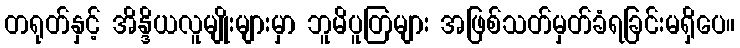
တရုတ်နှင့် အိန္ဒိယလူမျိုးများမှာ ဘူမိပူတြများ အဖြစ်သတ်မှတ်ခံရခြင်းမရှိပေ။